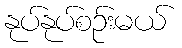
နုပ်နုပ်စဉ်းမယ်